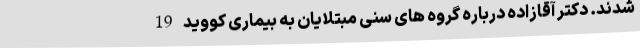
شدند. دکتر آقازاده درباره گروه های سنی مبتلایان به بیماری کووید19